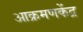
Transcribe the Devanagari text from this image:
आक्रमणकेंद्र